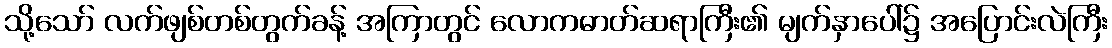
သို့သော် လက်ဖျစ်တစ်တွက်ခန့် အကြာတွင် လောကဓာတ်ဆရာကြီး၏ မျက်နှာပေါ်၌ အပြောင်းလဲကြီး